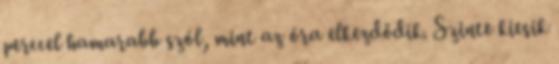
perccel hamarabb szól, mint az óra elkezdődik. Szinte kiesik